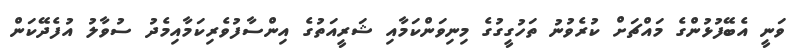
ވަނީ އެބޭފުޅުންގެ މައްޗަށް ކުރެވުނު ތަހުގީގުގެ މިނިވަންކަމާއި ޝަރީއަތުގެ އިންސާފުވެރިކަމާއިމެދު ސުވާލު އުފެދޭކަން